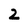
Character: 2